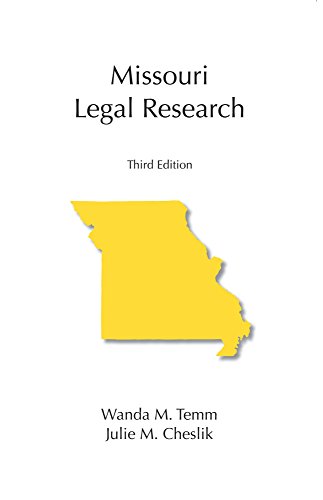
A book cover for Missouri Legal Research, Third Edition; Wanda M. Temm; Law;